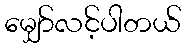
မျှော်လင့်ပါတယ်